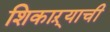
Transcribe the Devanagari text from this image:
शिकाऱ्याची